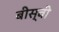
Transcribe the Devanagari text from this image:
बीस्वी